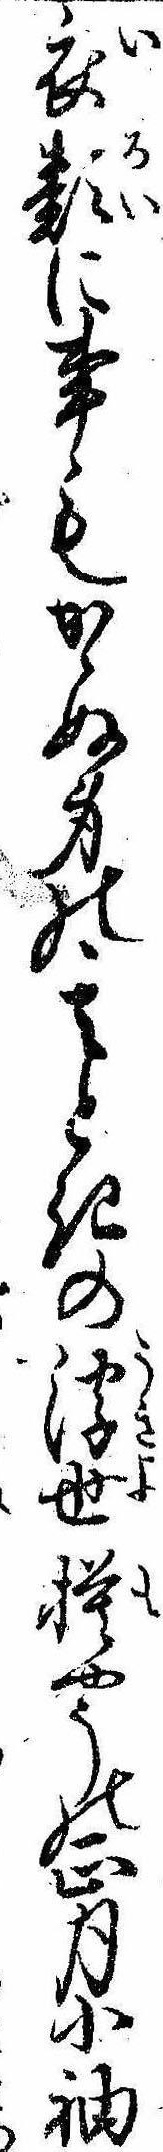
衣類に事もかゝぬ身の其ときの浮世模やうの正月小袖